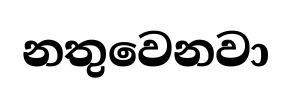
නතුවෙනවා